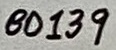
Text: BD139